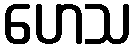
ဟေသ